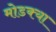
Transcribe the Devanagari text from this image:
मोडक्या